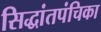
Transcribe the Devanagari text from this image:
सिद्धांतपंचिका